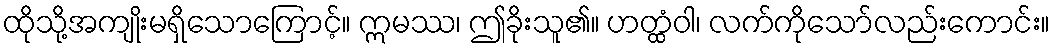
ထိုသို့အကျိုးမရှိသောကြောင့်။ ဣမဿ၊ ဤခိုးသူ၏။ ဟတ္ထံဝါ၊ လက်ကိုသော်လည်းကောင်း။